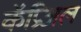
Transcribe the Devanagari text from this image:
कॅप्रिअल